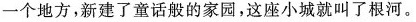
一个地方，新建了童话般的家园，这座小城就叫了根河。